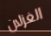
الغزلان